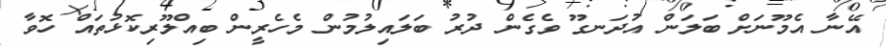
އޭނާ އެމޫނަށް ބަލަން އުދަނގޫ ވެގެން ދުރު ބަލައިލުމުން މެހެރީން ބިއްލޫރިކޮޅުތައް ހޮވާ